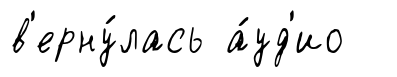
в'ерну́лась а́уд'ио